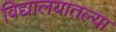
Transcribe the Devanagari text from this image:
विद्यालयातल्या